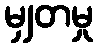
မျှတမှု